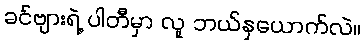
ခင်ဗျားရဲ့ ပါတီမှာ လူ ဘယ်နှယောက်လဲ။